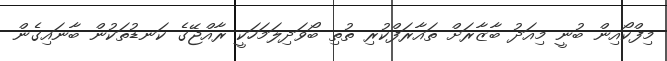
މިފްކޯއިން ބުނީ މިއަދު ބާޒާރަށް ތައާރަފްކުރި ތުތި ބޯވަދިލަމަހަކީ ރާއްޖޭގެ ކަނޑުތަކުން ބާނައިގެން